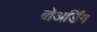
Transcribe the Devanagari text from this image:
बोअर्डिंग